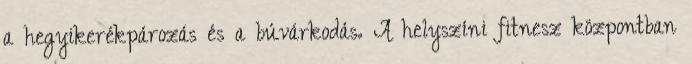
a hegyikerékpározás és a búvárkodás. A helyszíni fitnesz központban